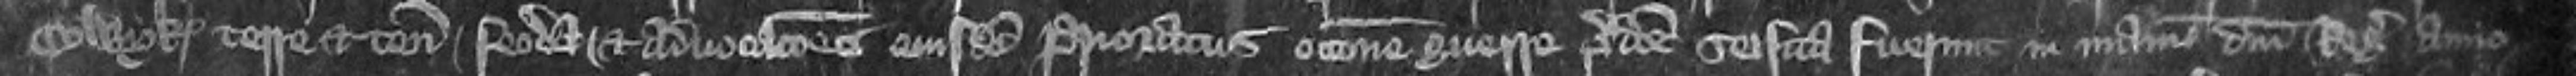
Colwyk terre et tenementa feoda et advocationes eiusdem Prioratus occasione querre predicte seisita fuerunt in manu domini Regis anno